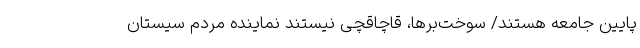
پایین جامعه هستند/ سوخت‌بَرها، قاچاقچی نیستند نماینده مردم سیستان